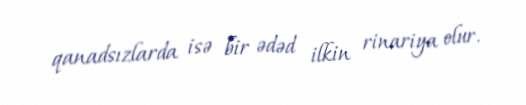
qanadsızlarda isə bir ədəd ilkin rinariya olur.